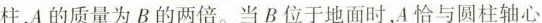
柱，A的质量为B的两倍。当B位于地面时，A恰与圆柱轴心